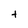
Character: t